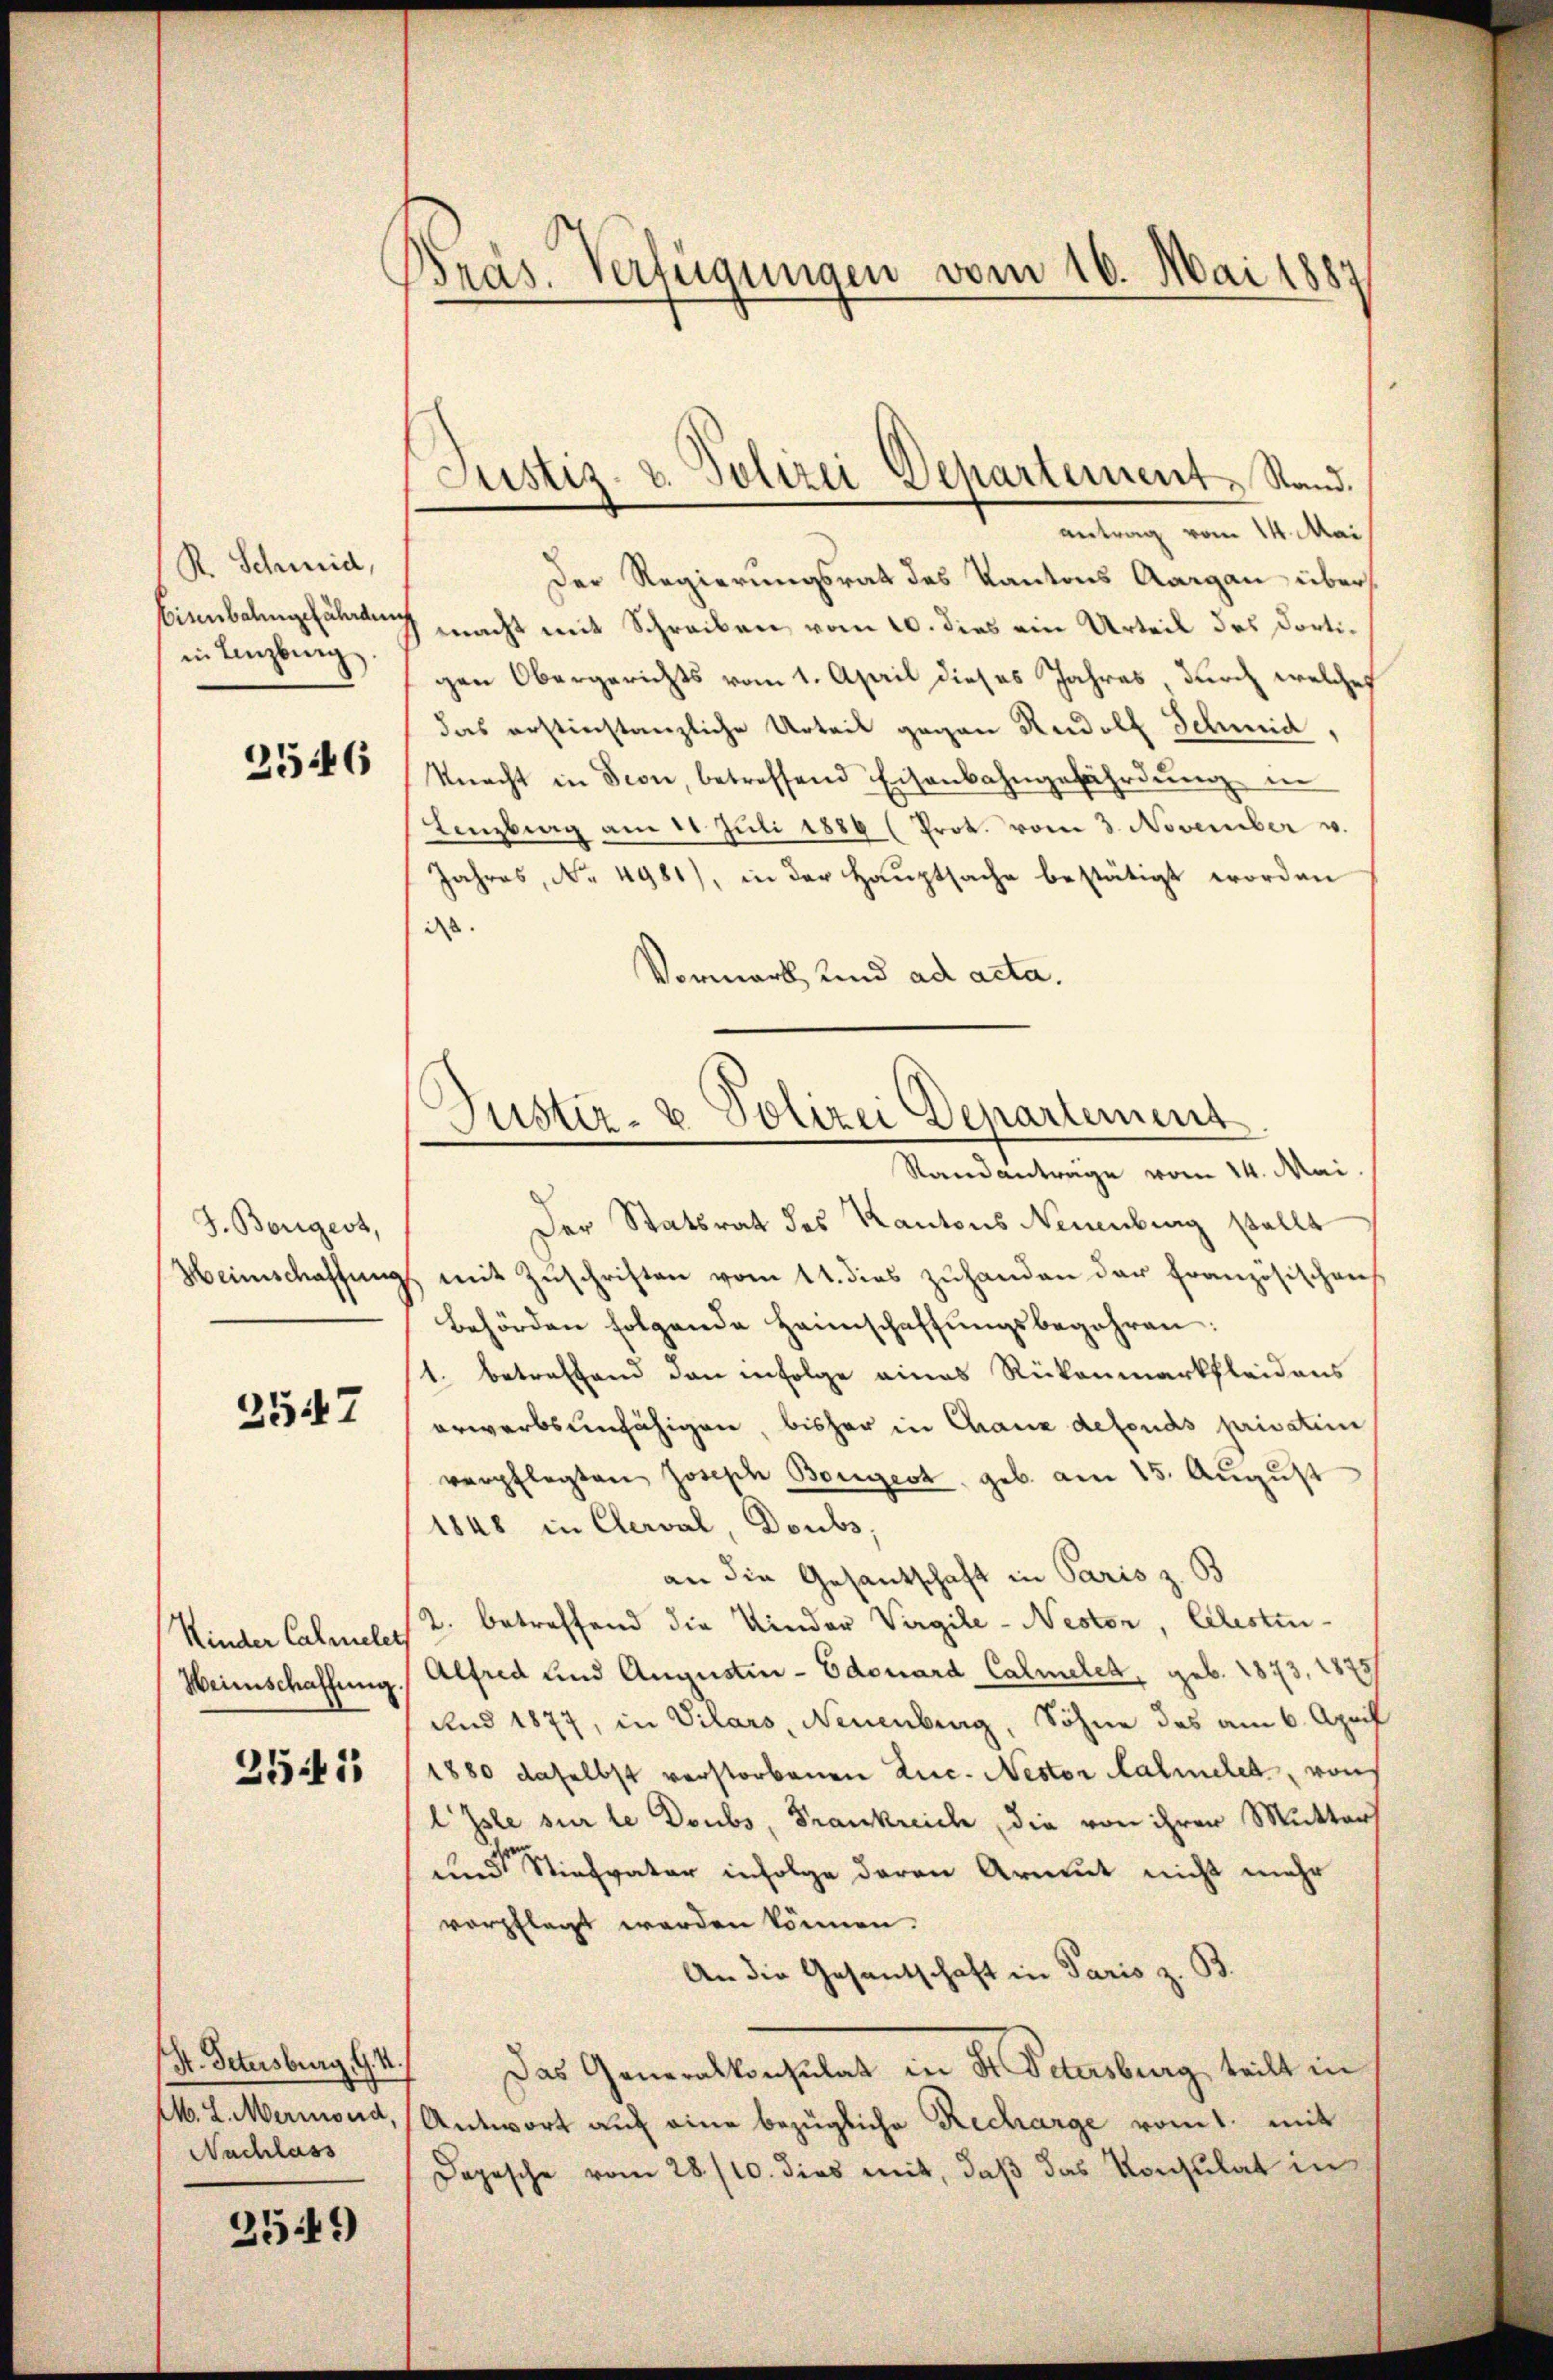
R. Schmid,
Bienbahngefährden
in Lenzburg

2546

J. Borigert,
Heinschaffung

3547

Kinder Calmelet
Heimschaffung.

2541

St. Petersburg, G. H.
Nachlass

3549)

Präs. Verfügungen vom 16. Mai 1881

Justiz- & Polizei Departement Stand.
antrag vom 14. Mai

Der Regierungsrat des Kantons Aargau über
macht mit Schreiben vom 10. dies ein Urteil des dortigen Obergerichts vom 1. April dieses Jahres, durch welches
das erstinstanzliche Urteil gegen Rudolf Schmid,
Macht in Seon, betreffend Eisenbahngefährdung in
Lenzberg am 11. Jŭli 1884 (Prot. vom 3. November v.
Jahres, No 4981), in der Hauptsache bestätigt worden
iss.
Vormark, und ad acta.

Justiz- & Polizei Departement

Randanträge vom 14. Mai
Der Statsrath des Kantons Neuenburg stellt
mit Zuschriften vom 11. dies zuhanden der französischens
Behörden folgende Heimschaffŭngsbegehren:
1. betreffend den infolge eines Rückenmarkfleidens
erwarbsunfähigen, bisher in Chaux defonds privatim
verpflegten Joseph Baugest, geb. am 15. August
1848 in Clerval, Doubs,
an die Gesantschaft in Paris z. B
2. betreffend die Kinder Virgile-Nestor, Ehestun¬
Alfred und Augustin-Edouard Calmelet, geb. 1873, 1873/
und 1877, in Vilars, Neuenburg, Sohne des am 6. April
1880 daselbst verstorbenen Zuc. Nestor almelet, von
lIsle sur le Doubs, Frankreich die von ihrer Mutter
und Stiefvater infolge daran Armut nicht mehr
verpflegt werden können.
An die Gesandschaft in Paris z. B.
Das Generalkonsulat in Dr. Petersburg teilt in
M. L. Merinond, Antwort auf eine bezügliche Recharge romt, mit
Depesche vom 28/10. dies mit, daß das Konsulat in